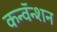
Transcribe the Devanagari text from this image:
कन्वॅन्शन